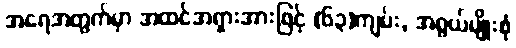
အရေအတွက်မှာ အထင်အရှားအားဖြင့် (၆၃)ကျမ်း, အရွယ်မျိုးစုံ